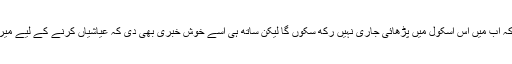
دوسرے دن اپنے جگری دوست عباس کو اعتماد میں لے کر بتایا کہ اب میں اس اسکول میں پڑھائی جاری نہیں رکھ سکوں گا لیکن ساتھ ہی اسے خوش خبری بھی دی کہ عیاشیاں کرنے کے لیے میرے پاس پورے دو مہینے ہیں، امی اسکول ہو گی اور میں گھر پر۔